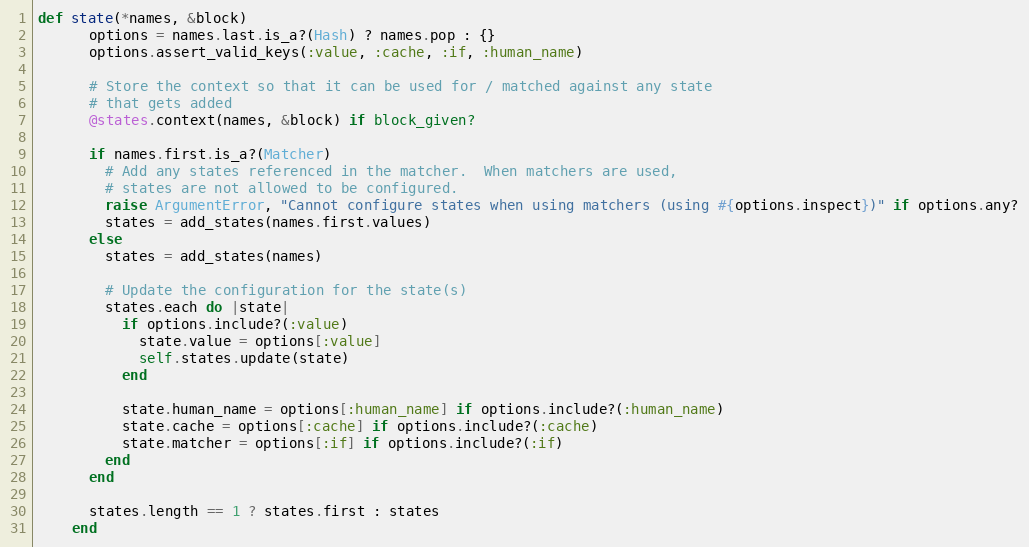
Language: Ruby
def state(*names, &block)
      options = names.last.is_a?(Hash) ? names.pop : {}
      options.assert_valid_keys(:value, :cache, :if, :human_name)

      # Store the context so that it can be used for / matched against any state
      # that gets added
      @states.context(names, &block) if block_given?

      if names.first.is_a?(Matcher)
        # Add any states referenced in the matcher.  When matchers are used,
        # states are not allowed to be configured.
        raise ArgumentError, "Cannot configure states when using matchers (using #{options.inspect})" if options.any?
        states = add_states(names.first.values)
      else
        states = add_states(names)

        # Update the configuration for the state(s)
        states.each do |state|
          if options.include?(:value)
            state.value = options[:value]
            self.states.update(state)
          end

          state.human_name = options[:human_name] if options.include?(:human_name)
          state.cache = options[:cache] if options.include?(:cache)
          state.matcher = options[:if] if options.include?(:if)
        end
      end

      states.length == 1 ? states.first : states
    end